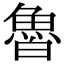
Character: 𩶑